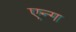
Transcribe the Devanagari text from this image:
एन्ग